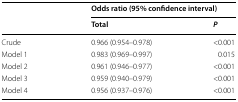
<table><thead><tr><td rowspan="2"></td><td colspan="2"><b>Odds ratio (95% confidence interval)</b></td></tr><tr><td><b>Total</b></td><td><b><i>P</i></b></td></tr></thead><tbody><tr><td>Crude</td><td>0.966 (0.954–0.978)</td><td>&lt;0.001</td></tr><tr><td>Model 1</td><td>0.983 (0.969–0.997)</td><td>0.015</td></tr><tr><td>Model 2</td><td>0.961 (0.946–0.977)</td><td>&lt;0.001</td></tr><tr><td>Model 3</td><td>0.959 (0.940–0.979)</td><td>&lt;0.001</td></tr><tr><td>Model 4</td><td>0.956 (0.937–0.976)</td><td>&lt;0.001</td></tr></tbody></table>